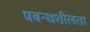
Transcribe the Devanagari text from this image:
प्रबन्धशीलता